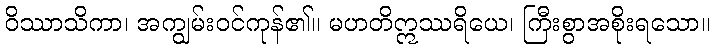
ဝိဿာသိကာ၊ အကျွမ်းဝင်ကုန်၏။ မဟတိဣဿရိယေ၊ ကြီးစွာအစိုးရသော။